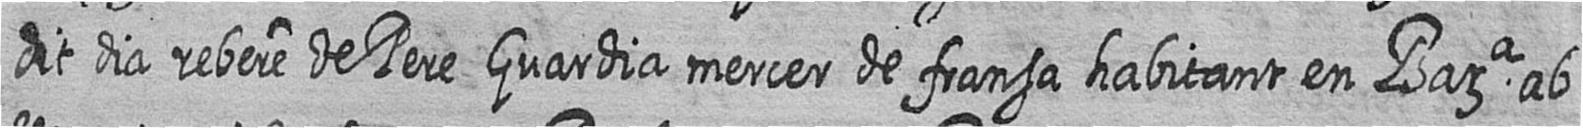
dit dia rebere de Pere Guardia mercer de fransa habitant en Bara ab